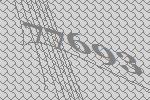
77693